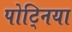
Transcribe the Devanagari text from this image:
पोट्निया